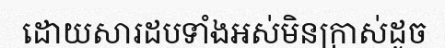
ដោយសារដបទាំងអស់មិនក្រាស់ដូច